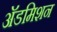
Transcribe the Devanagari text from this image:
अॅडमिशन